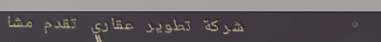
شركة تطوير عقاري تقدم مشا